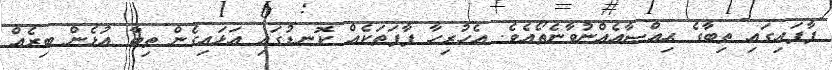
ފާފައިގައި ތިބާގެ ޙިއްޞާއެއްނުވާނެތޯއެވެ. އެހުރިހާ ފާފަތަކެއް ކޮނޑުގައި އަޅައިގެން ތިބާ އުޅެން ބިރެއް